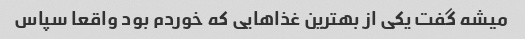
میشه گفت یکی از بهترین غذاهایی که خوردم بود واقعا سپاس